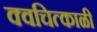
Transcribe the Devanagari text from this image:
क्वचित्काळी